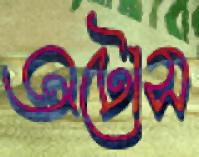
অটোস